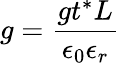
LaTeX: g=\frac{gt^{*}L}{\epsilon_{0}\epsilon_{r}}